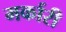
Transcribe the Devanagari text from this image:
मर्कारी